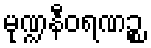
မုဏ္ဍနီဝရဏဉ္စ